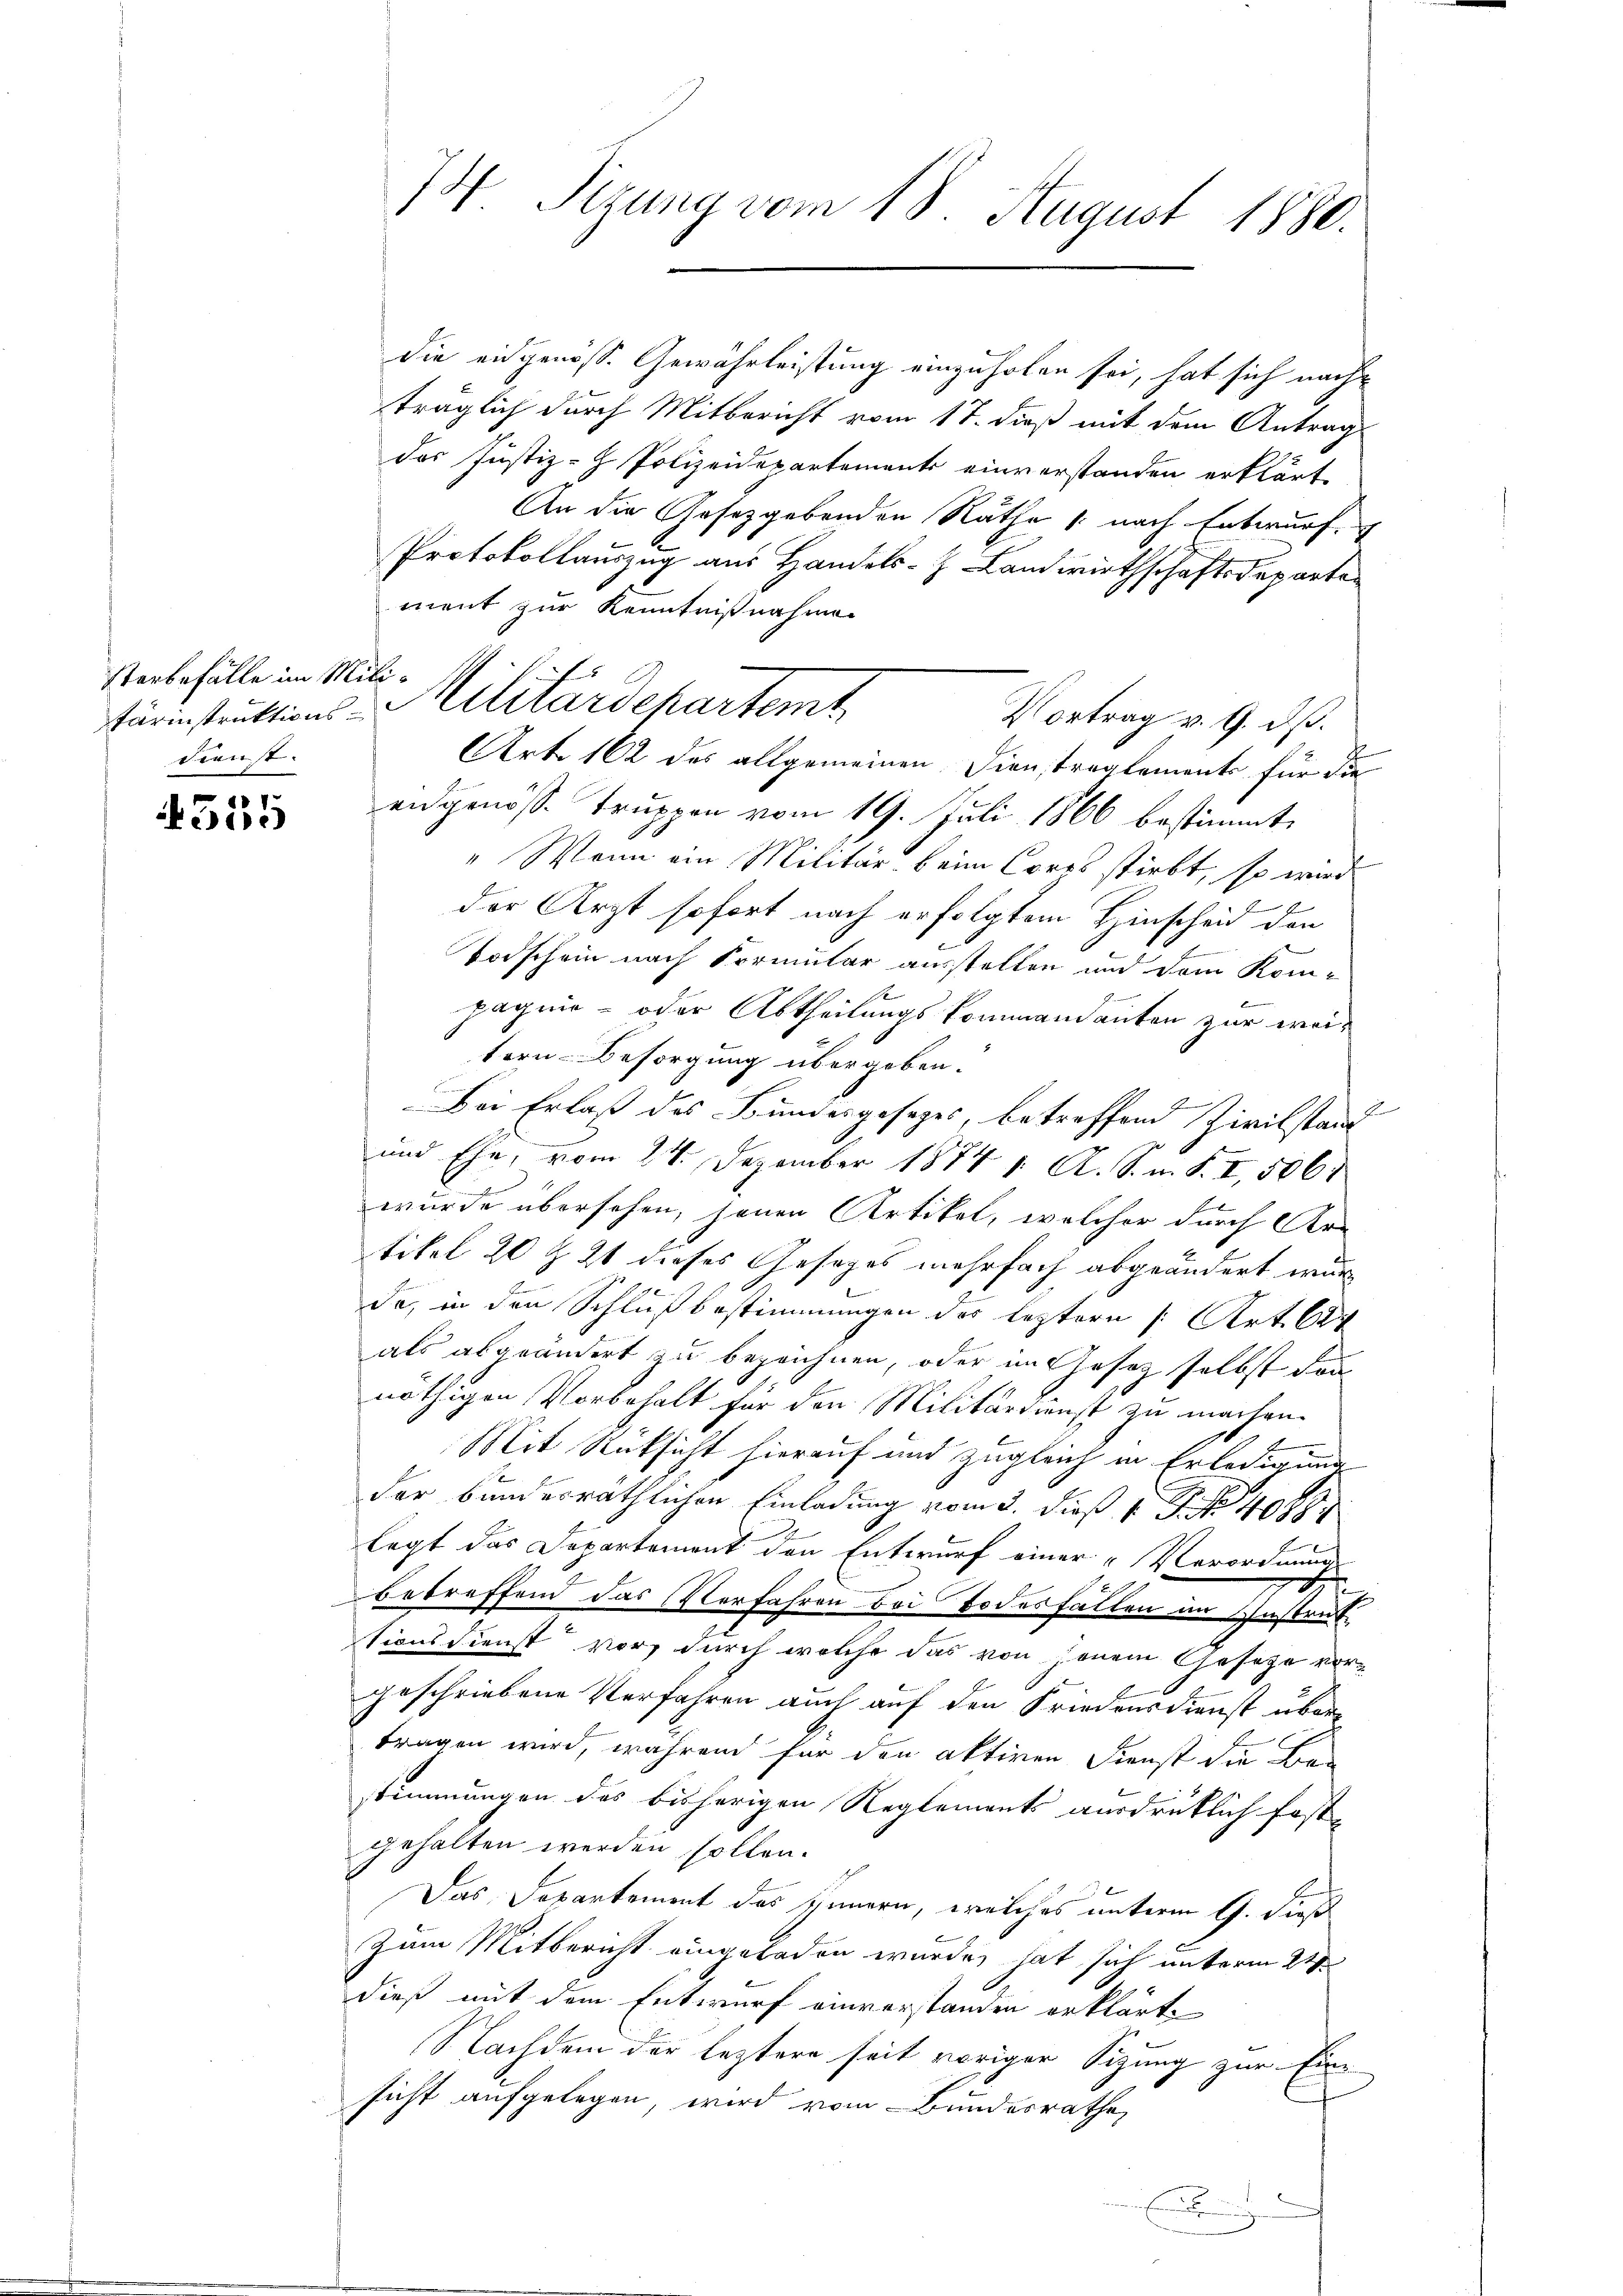
sterbefälle im Milidienst.

s
ee

die eidgenöss. Gewährleistung einzuholen sei, hat sich nachträglich durch Mitbericht vom 17. dieß mit dem Antrag
das Justiz- Polizeidepartement einverstanden erklärt,
An die Gesetzgebenden Rathe 1. nach Entwurf
Protokollauszug aus Handels- Landwirthschaftsdeparten
ment zur Kenntnißnahme
Vortrag v. 9. dß.
Art. 162 des allgemeinen Dienstreglements für die
eidgenösse Truppen vom 19. Juli 1866 bestimmt,
"Wenn ein Militär beim Corrs stirbt, so wird
der Arzt sofort nach erfolgtem Hinscheid den
Todschein nach Formular ausstellen und dem Kom-
pagnie- oder Abtheilungskommandanten zur weitern- Besorgung übergeben.
Bei Erlaß des Bundesgesezes, betreffend Zivilstant
und Ehe, vom 24. Dezember 1874 1. A. S. m. S. I, 5061
wurde übersehen, jenen Artikel, welcher durch Ar-
tikel 20 Z. 21 dieses Gesages mehrfach abgeändert wurda, in den Schlußbestimmungen des leztern [Art. 624
als abgeändert zu bezeichnen, oder im Gesetz selbst dar
nöthigen Vorbehalt für den Militärdienst zu machen.
Mit Rüksicht hierauf und zugleich in Erledigung
der banderräthlichen Einladung vom 2. dieß 1 S. No 4089
legt das Departement den Entwurf einer Verordnung
.
Betreffend das Verfahren bei Todesfällen in Instruktionsdienst vor, durch welche das von jenem Gesetze vorgeschriebene Verfahren auch auf den Friedensdienst übertragen wird, während für den aktiven Dienst die Ber
stimmungen des bisherigen Reglements ausdrücklich fest-
gehalten werden sollen.
Das Departement des Sinnern, welches unterm 9. dieß
Zum Mitbericht eingeladen wurde, hat sich unterm 24sten
dieß mit dem Entwurf einverstanden erklärte
Nachdem der leztere seit voriger Sitzung zur Einsicht aufgelegen, wird vom Bundesrathe,
m Enderung

I4 Sizung vom 18. August 1880.

tärinstruktions-Militärdepartemt